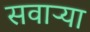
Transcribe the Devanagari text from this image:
सवाऱ्या